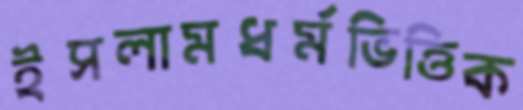
ইসলামধর্মভিত্তিক